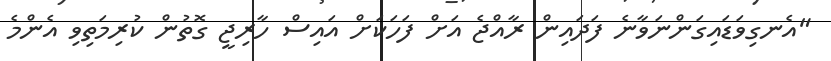
"އެނގިވަޑައިގަންނަވާނެ ފަދައިން ރާއްޖެ އަށް ފަހަކަށް އައިސް ހާރިޖީ ގޮތުން ކުރިމަތިވި އެންމެ